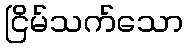
ငြိမ်သက်သော